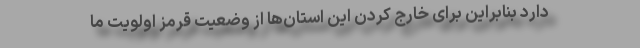
دارد بنابراین برای خارج کردن این استان‌ها از وضعیت قرمز اولویت ما